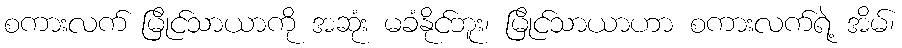
စကားလက် မြိုင်သာယာကို အဆုံး မခံနိုင်ဘူး၊ မြိုင်သာယာဟာ စကားလက်ရဲ့ အိမ်၊